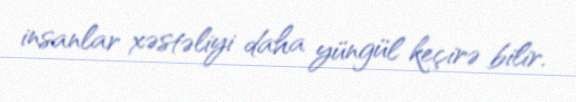
insanlar xəstəliyi daha yüngül keçirə bilir.